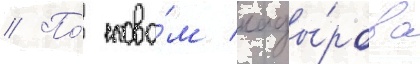
// По́ слова́м кады́рова